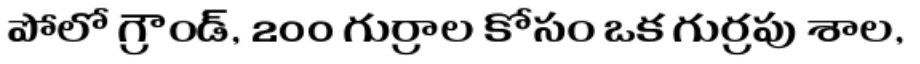
పోలో గ్రౌండ్, 200 గుర్రాల కోసం ఒక గుర్రపు శాల,